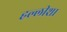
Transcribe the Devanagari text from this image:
हल्लीशा